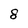
Character: 8